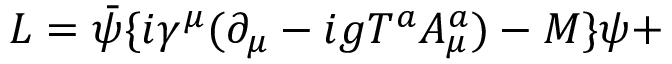
{ \cal L } = \bar { \psi } \{ i \gamma ^ { \mu } ( \partial _ { \mu } - i g T ^ { a } A _ { \mu } ^ { a } ) - M \} \psi +